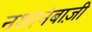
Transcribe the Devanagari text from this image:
नशानेबाज़ी